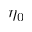
\eta _ { 0 }